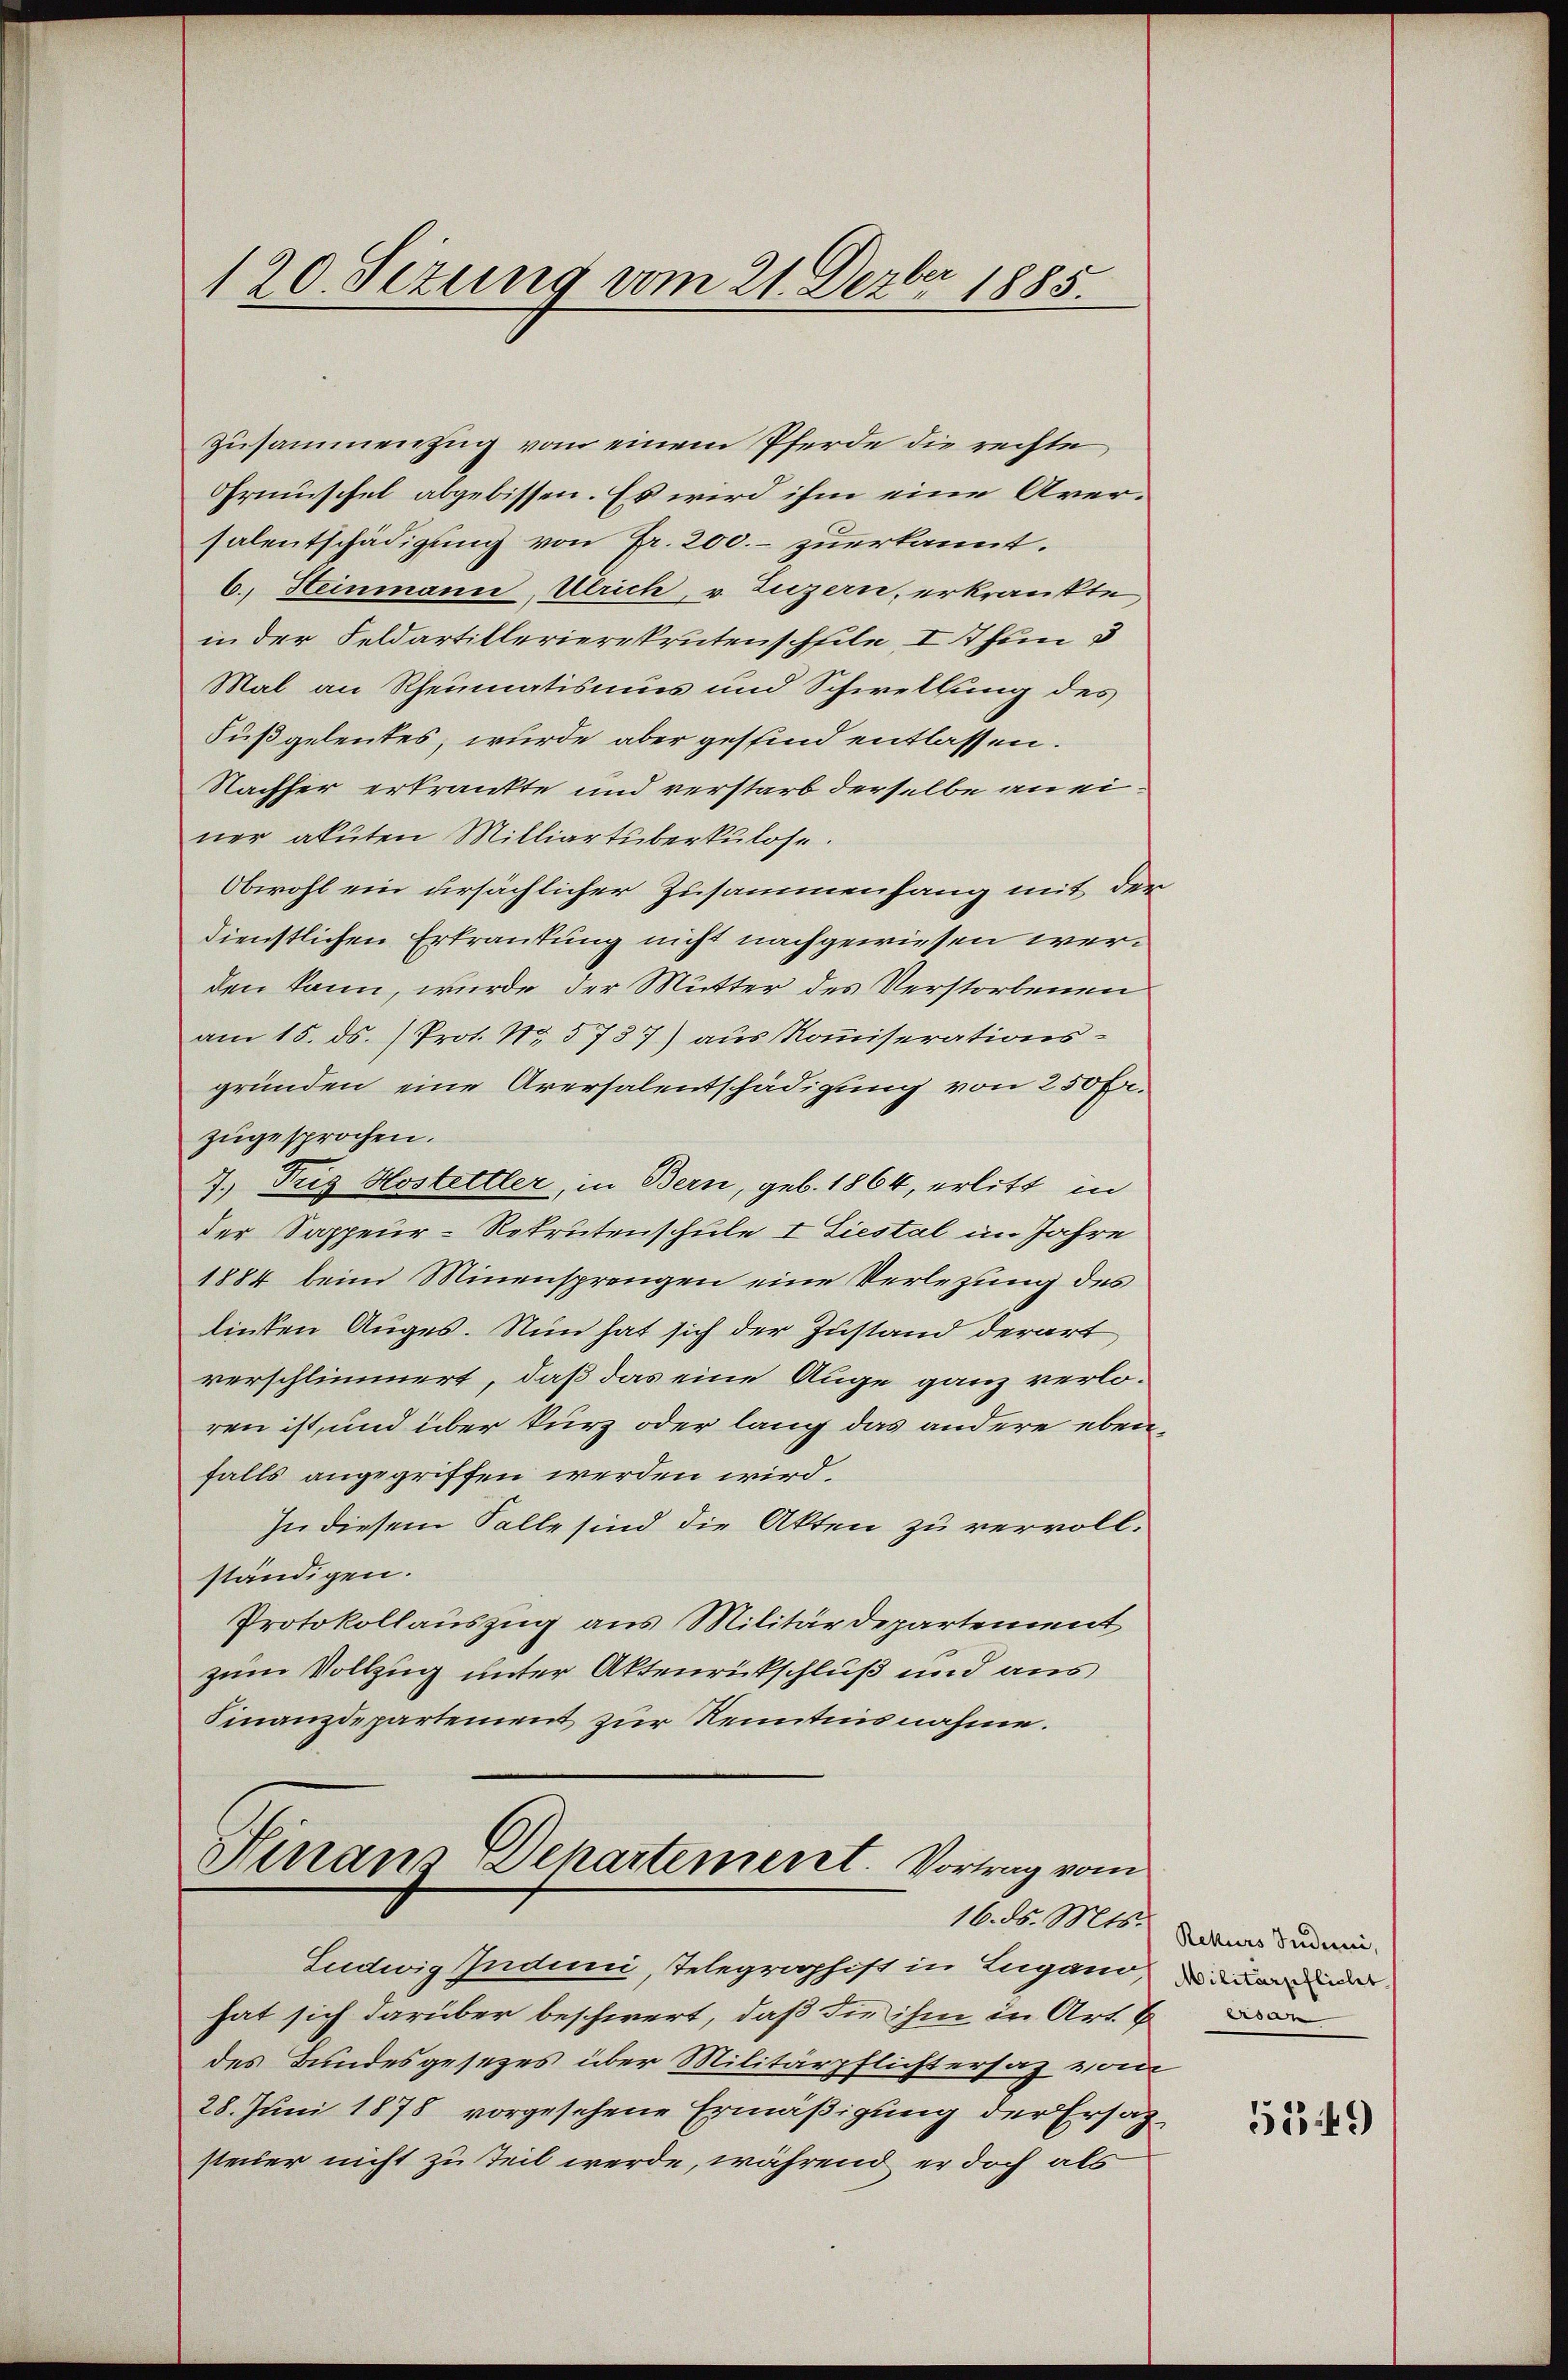
120. Sezung vom 21. Dezbr 1885.

Zusammenzug vom einem Pferde die rechte
Ormüschel abgebissen. Es wird ihm eine Aversalentschädigung von Fr. 200.- zuerkannt.
b. Steinmann Ulrich, v. Luzern, erkrankte
in der Feldartillerierekrutenschfile I Thun d
Mal an Rheumatismus und Schwellung des
Fußgeleutes, wurde aber gesind entlassen.
Nachher erkränkte und verstarb derselbe an einer akuten Milliartüberkulose.
Obwohl ein ursächlicher Zusammenhang mit der
dienstlichen Erkrautung nicht nachgewiesen werden kann, wurde der Mutter des Verstorbenen
am 15. ds. (Prot. No. 5737) aus Kommiserationsgründen eine Aversalentschädigung von 250 f.
zugesprochen.
7.) Tig Hostettler, in Bern, geb. 1864, erlitt in
der Sappeur-Rekrutenschule I Liestal im Jahre
1884 beim Minensprengen eine Verlegung des
linten Auges. Nun hat sich der Zustand derart
verschlimmert, daß das eine Auge ganz verloren ist, und über kurz oder lang das andere eben
falls angegriffen werden wird.
In diesem Salle sind die Akten zu vervoll.
ständigen.
Protokollauszug aus Militärdepartement
zum Vollzug unter Aktenrückschluß und aus
Finanzdepartement zur Kenntnisnahme.

Hinaus Departement. Vortrag vom
16. ds. Mts.

Ludwig Induni, Telegraphist in Lugano, inder
hat sich darüber beschwert, daß die ihm in Art. 6
des Bundesgesezes über Militärpflichtersaz von
28. Juni 1878 vorgesehene Ermäßigung der Ersatzsteuer nicht zu teil werde, während er doch als

Rekurs Induni,

51349)